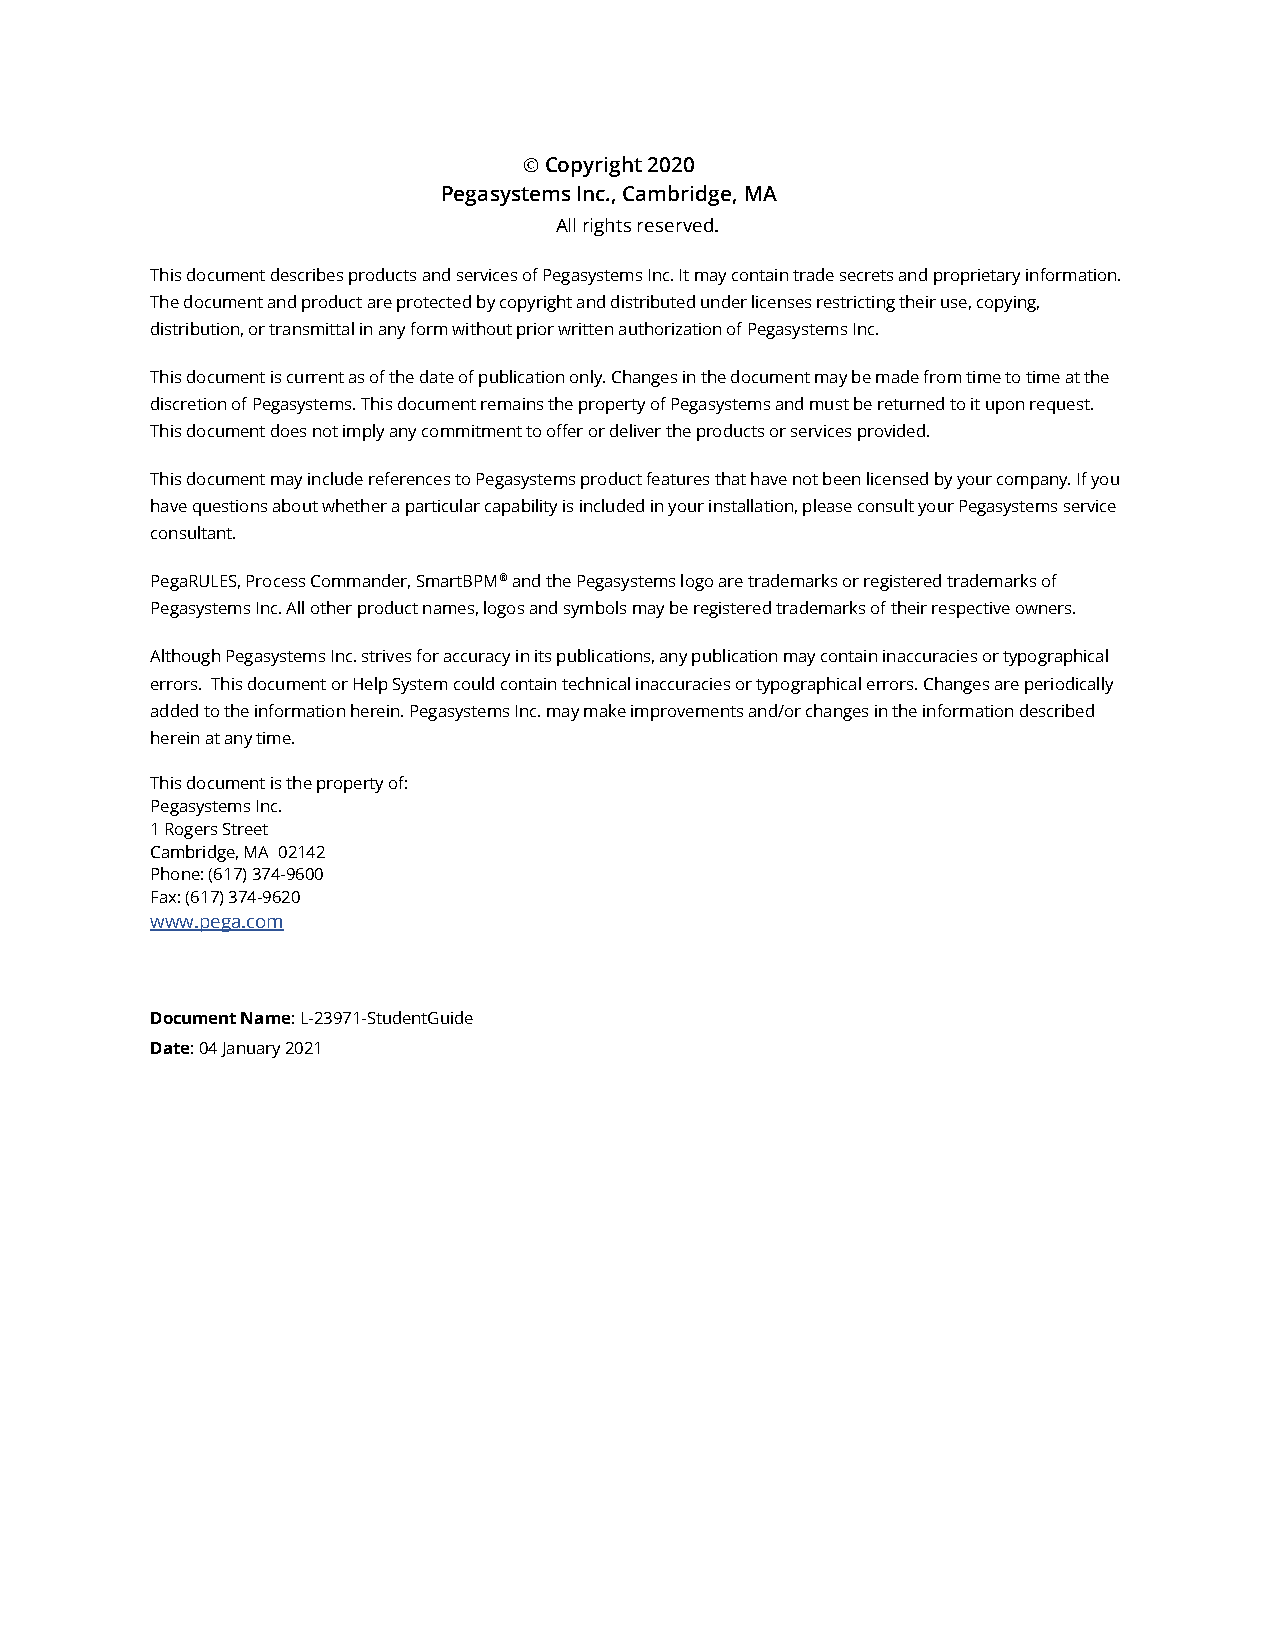
© Copyright 2020
 Pegasystems Inc., Cambridge, MA
 All rights reserved.
 This document describes products and services of Pegasystems Inc. It may contain trade secrets and proprietary information.
 The document and product are protected by copyright and distributed under licenses restricting their use, copying,
 distribution, or transmittal in any form without prior written authorization of Pegasystems Inc.
 This document is current as of the date of publication only. Changes in the document may be made from time to time at the
 discretion of Pegasystems. This document remains the property of Pegasystems and must be returned to it upon request.
 This document does not imply any commitment to offer or deliver the products or services provided.
 This document may include references to Pegasystems product features that have not been licensed by your company. If you
 have questions about whether a particular capability is included in your installation, please consult your Pegasystems service
 consultant.
 PegaRULES, Process Commander, SmartBPM® and the Pegasystems logo are trademarks or registered trademarks of
 Pegasystems Inc. All other product names, logos and symbols may be registered trademarks of their respective owners.
 Although Pegasystems Inc. strives for accuracy in its publications, any publication may contain inaccuracies or typographical
 errors. This document or Help System could contain technical inaccuracies or typographical errors. Changes are periodically
 added to the information herein. Pegasystems Inc. may make improvements and/or changes in the information described
 herein at any time.
 This document is the property of:
 Pegasystems Inc.
 1 Rogers Street
 Cambridge, MA 02142
 Phone: (617) 374-9600
 Fax: (617) 374-9620
 www.pega.com
 Document Name: L-23971-StudentGuide
 Date: 04 January 2021